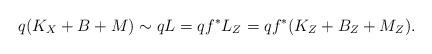
LaTeX: \begin{align*}q(K_X+B+M) \sim qL = qf^*L_Z=qf^*(K_Z+B_Z+M_Z).\end{align*}